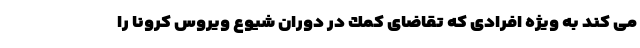
مى كند به ويژه افرادى كه تقاضاى كمك در دوران شيوع ويروس كرونا را